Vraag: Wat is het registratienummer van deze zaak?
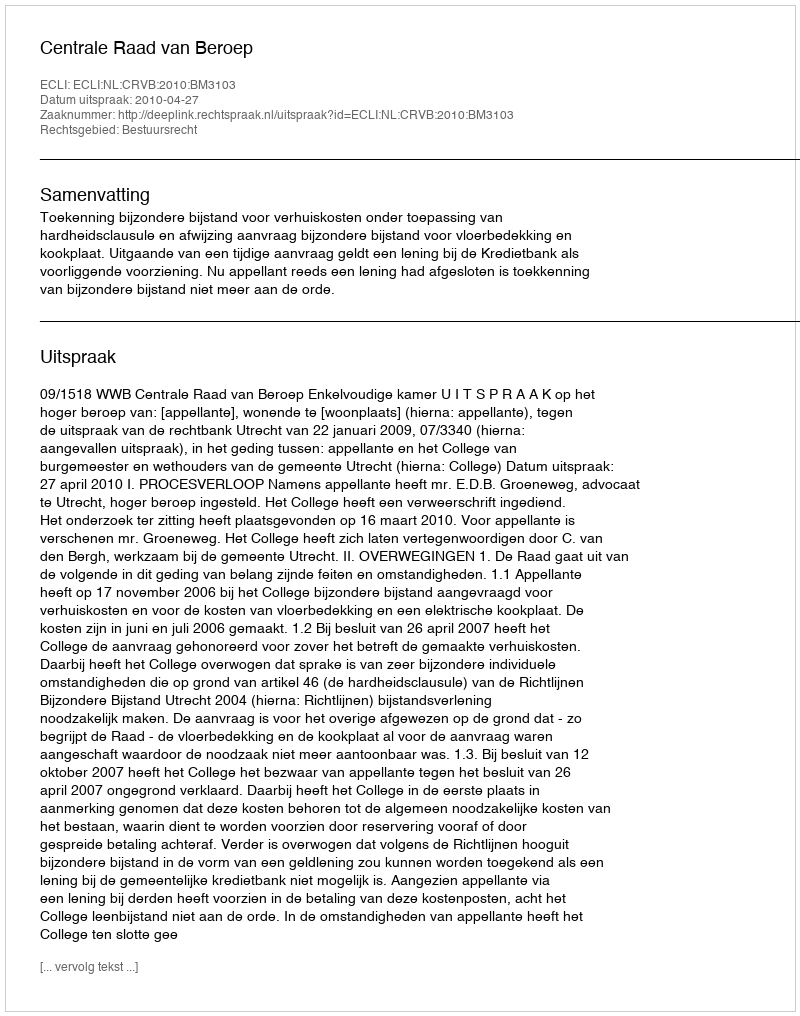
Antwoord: http://deeplink.rechtspraak.nl/uitspraak?id=ECLI:NL:CRVB:2010:BM3103